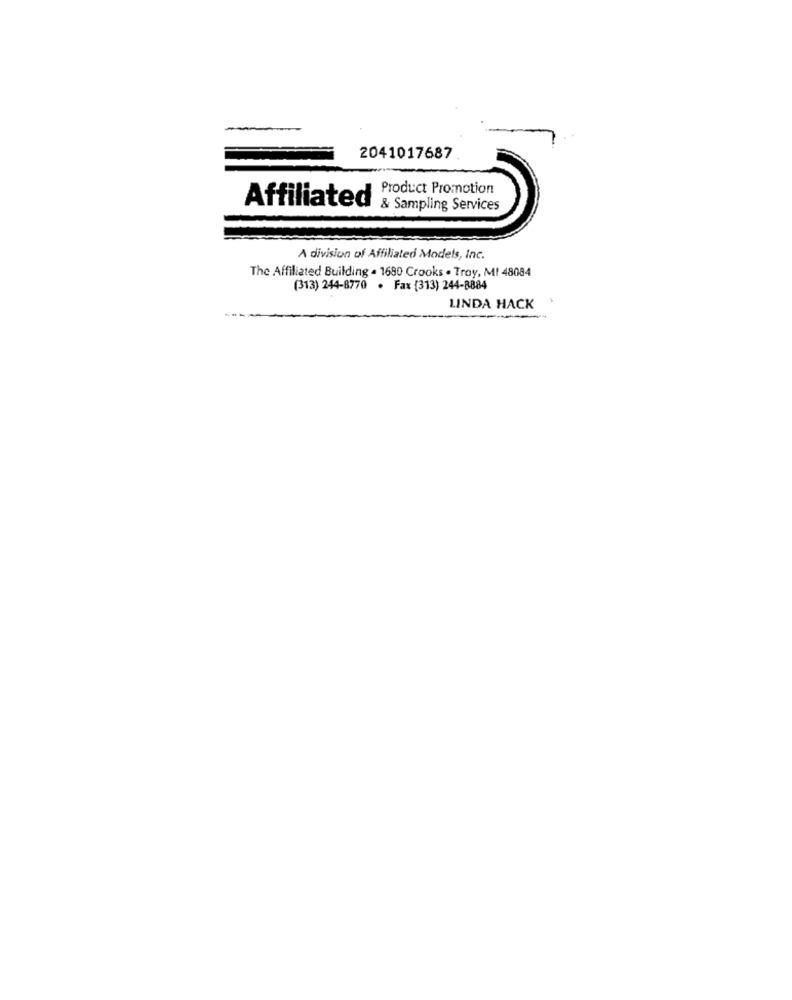
2041017687
Product Promotion
Affiliated
& Sampling Services
A division of Affiliated Models, Inc.
The Affiliated Building . 1690 Crooks . Troy, MI 48084
(313) 244-8770 . Fax (313) 244-8884
LINDA HACK